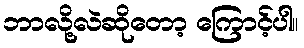
ဘာလို့လဲဆိုတော့ ကြောင့်ပါ။